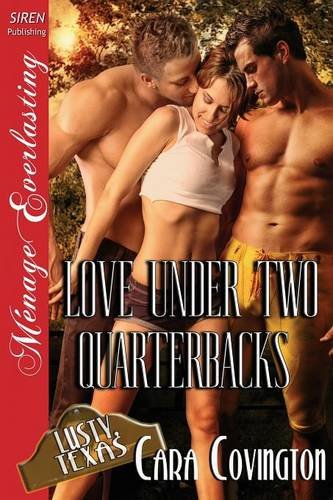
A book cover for Love Under Two Quarterbacks [The Lusty, Texas Collection] (Siren Publishing Menage Everlasting) (Siren Publishing Menage Everlasting: Lusty, Texas Collection); Cara Covington; Romance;